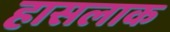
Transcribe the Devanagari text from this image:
हासलाक